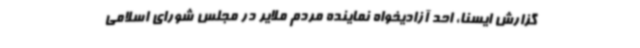
گزارش ایسنا، احد آزادیخواه نماینده مردم ملایر در مجلس شورای اسلامی